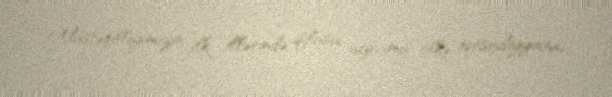
Müstəqilliyimizin ilk illərində iflasa uğramış ölkə iqtisadiyyatını